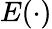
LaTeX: E(\cdot)